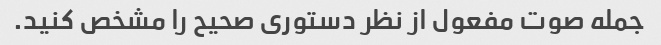
جمله صوت مفعول از نظر دستوری صحیح را مشخص کنید.